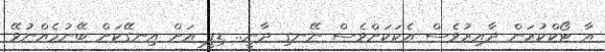
އާ ޓޯކްކުރަން ދާއިރުވެސް އެކަކަށްވެސް ނޭނގި ދާނީ.. ޑިފީ އަށް އިނގޭކަށް ބޭނުމެއްނުވޭ